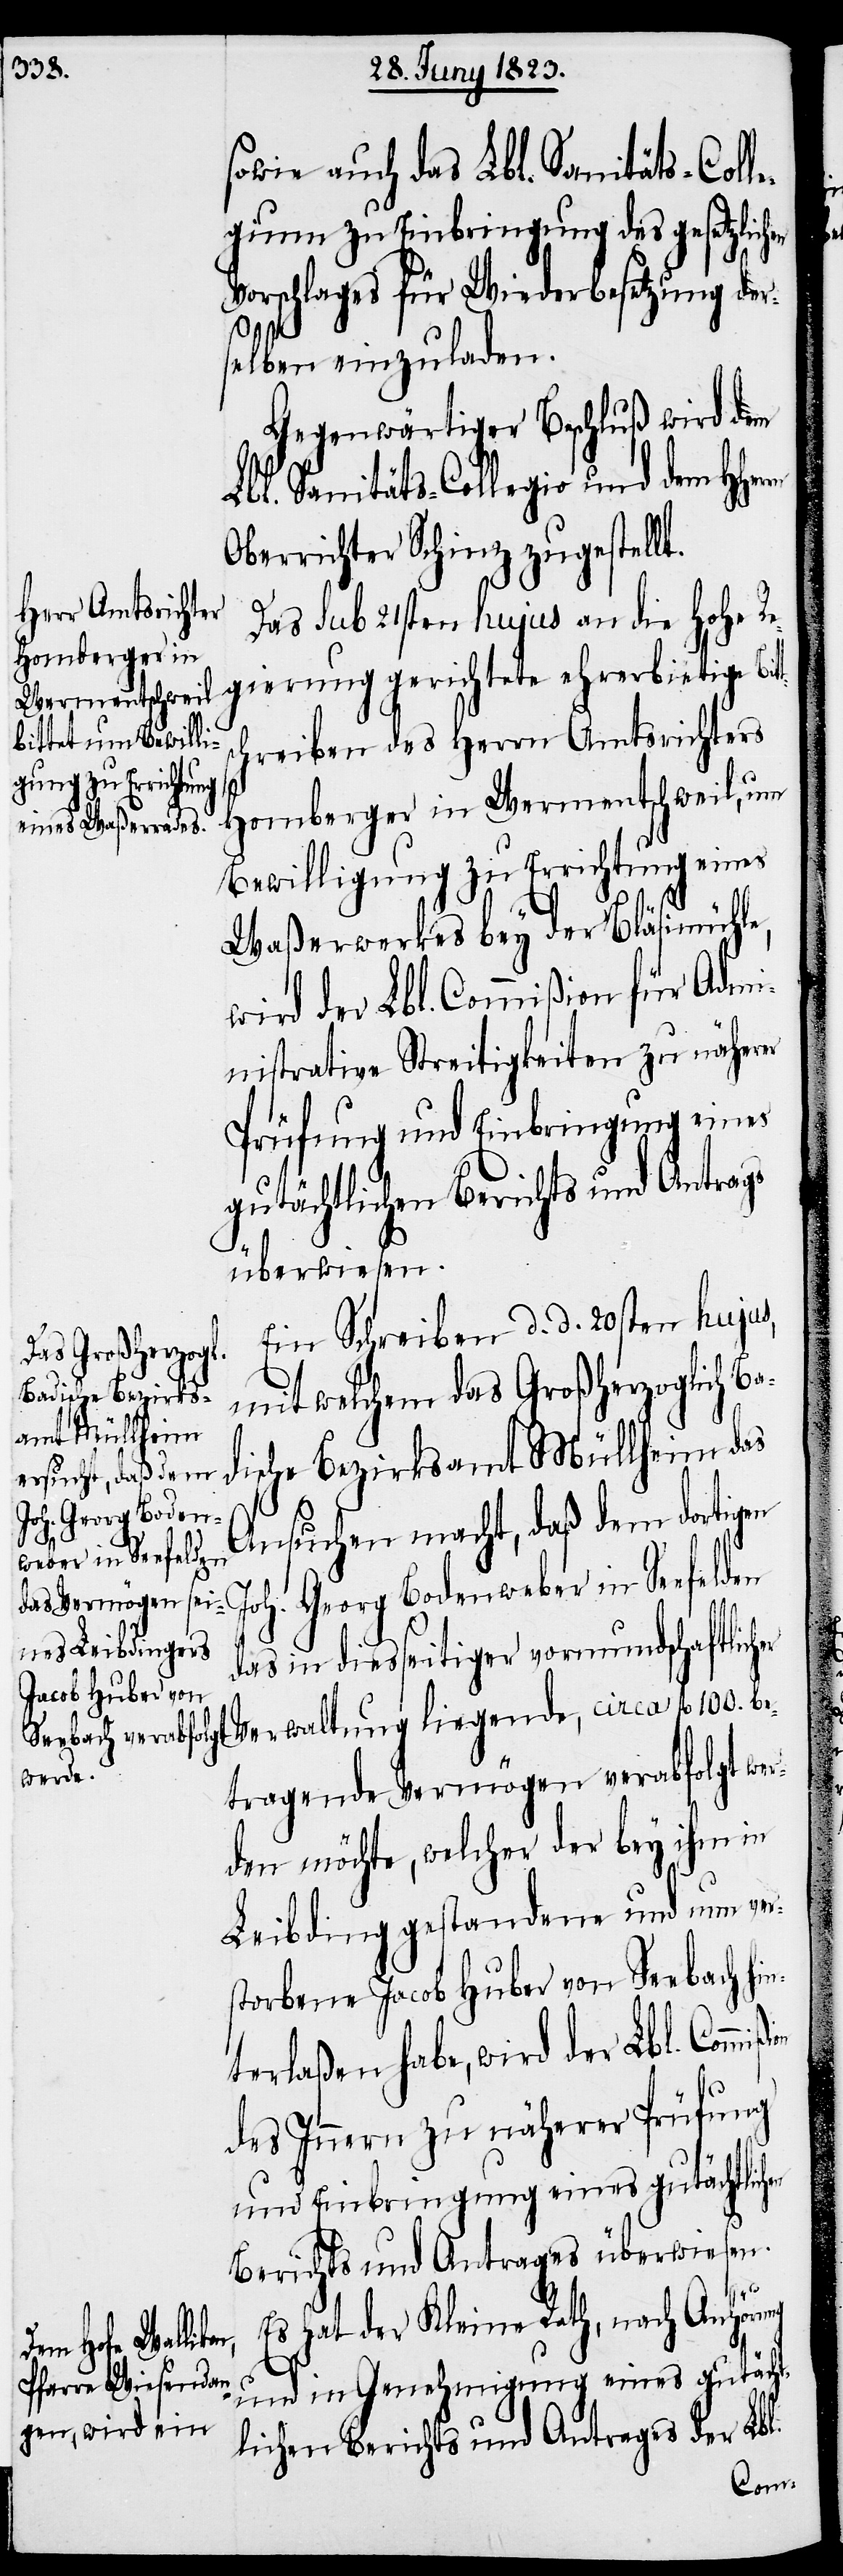
sowie auch das Lbl. Sanitäts-Colle¬
gium zu Einbringung des gesetzlich¬
Vorschlages für Wiederbesetzung der¬
selben einzuladen.
Gegenwärtiger Beschluß wird dem
Lbl. Sanitäts-Collegio und dem HHer¬
Oberrichter Schinz zugestellt.
Das sub 21sten hujus an die hohe Re¬
hreiben des Herrn Amtsrichters
Homberger in Wermentschweil, um
Bewilligung zu Errichtung eines
Waßerwerkes bey der Bläsimühle,
wird der Lbl. Commißion für Admi¬
nistrative Streitigkeiten zu näherer
Prüfung und Einbringung eines
gutächtlichen Berichts und Antrags
überwiesen.
Ein Schreiben d. d. 20sten hujus,
mit welchem das Großherzoglich B¬
ische Bezirksamt Müllheim das
Ansuchen macht, daß dem dortigen
Joh. Georg Bodenweber in Seefelden
das in diesseitiger vormundschaftlich¬
tragende Vermögen verabfolgt wer¬
den möchte, welcher der bey ihm in
Leibding gestandene und nun ver¬
storbene Jacob Huber von Seebach hin¬
terlaßen habe, wird der Lbl. Commi¬
des Innern zu näherer Prüfung
und Einbringung eines gutächtlichen
Berichts und Antrages überwiesen.
Es hat der Kleine Rath, nach Anhörung
er
und in Genehmigung eines gutächt¬
lichen Berichts und Antrages der Lbl.
ßion